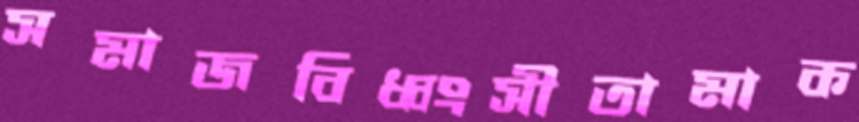
সমাজবিধ্বংসীতামাক